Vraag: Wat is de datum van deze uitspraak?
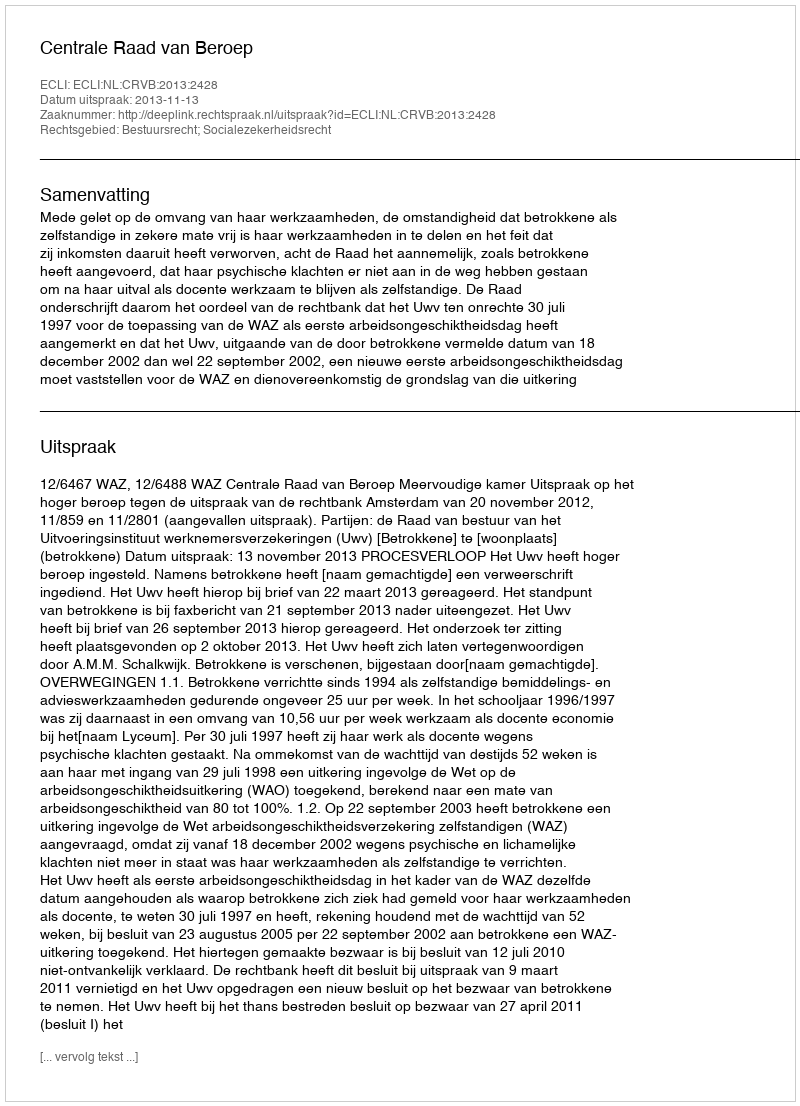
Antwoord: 2013-11-13